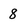
Character: 8